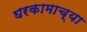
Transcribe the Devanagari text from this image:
घरकामाच्या